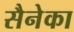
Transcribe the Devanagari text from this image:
सैनेका